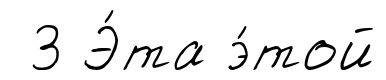
3 Э́та э́той